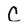
Character: C